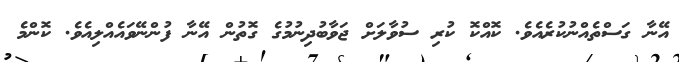
އޭނާ ގަސްތެއްނުކުރެއެވެ. ކޮއްކޮ ކުރި ސުވާލަށް ޖަވާބުދިނުމުގެ ގޮތުން އޭނާ ފުންނޭވައެއްލިއެވެ. ކޮންމެ